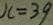
x = 3 9